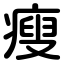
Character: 瘦